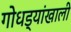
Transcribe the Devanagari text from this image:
गोधड्यांखाली